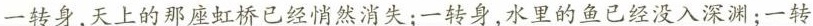
一转身，天上的那座虹桥已经悄然消失；一转身，水里的鱼已经没入深渊；一转